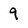
Character: 9